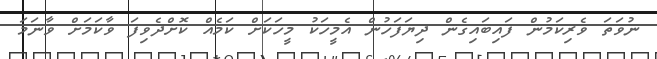
ނުވަތަ ވެރިކަމުން ފައިބައިގެން ދިޔަފަހުން އެމީހަކު މީހަކަށް ކަމެއް ކޮށްދެވިފަ ވާކަމަށް ވާނަމަ